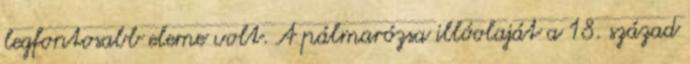
legfontosabb eleme volt. A pálmarózsa illóolaját a 18. század